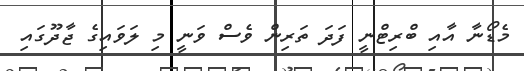
މެޑޯނާ އާއި ބްރިޓްނީ ފަދަ ތަރިން ވެސް ވަނީ މި ލަވައިގެ ޖާދޫގައި